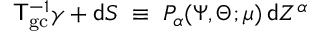
{ \sf T } _ { \mathrm { g c } } ^ { - 1 } \gamma + { \sf d } S \; \equiv \; P _ { \alpha } ( \Psi , \Theta ; \mu ) \, { \sf d } Z ^ { \alpha }